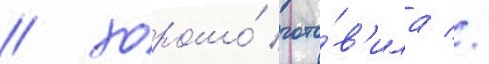
/ хорошо́ гото́в'ила //